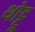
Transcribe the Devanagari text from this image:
थोट्टू